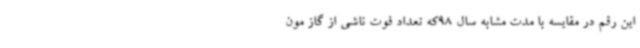
این رقم در مقایسه با مدت مشابه سال 98که تعداد فوت ناشی از گاز مون